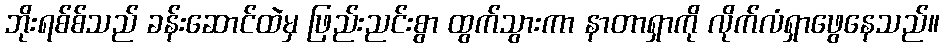
ဘိုးရစ်စ်သည် ခန်းဆောင်ထဲမှ ဖြည်းညင်းစွာ ထွက်သွားကာ နာတာရှာကို လိုက်လံရှာဖွေနေသည်။